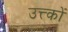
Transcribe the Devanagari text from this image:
उत्त्कों